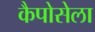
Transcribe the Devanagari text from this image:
कैपोसेला